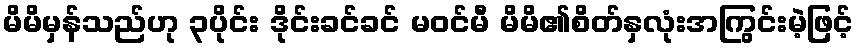
မိမိမှန်သည်ဟု ၃ပိုင်း ဒိုင်းခင်ခင် မဝင်မီ မိမိ၏စိတ်နှလုံးအကြွင်းမဲ့ဖြင့်